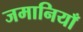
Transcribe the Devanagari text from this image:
जमानियाँ